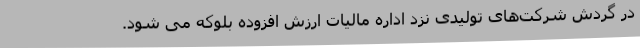
در گردش شرکت‌های تولیدی نزد اداره مالیات ارزش افزوده بلوکه می شود.